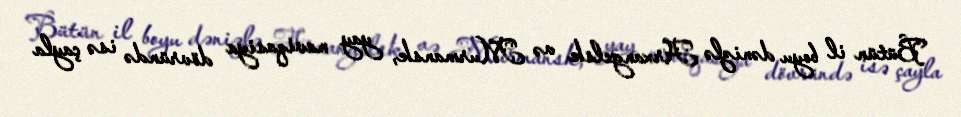
Bütün il boyu dənizlə Arxangelsk və Murmansk, yay naviqasiya dövründə isə çayla